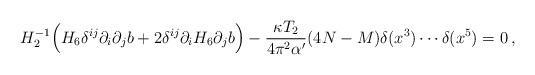
LaTeX: \begin{align*} H_2^{-1}\Big(H_6\delta^{ij}\partial_i \partial_j b +2\delta^{ij}\partial_i H_6 \partial_j b\Big) -\frac{\kappa T_2}{4\pi^2\alpha'}(4N-M)\delta(x^3)\cdots\delta(x^5)=0\,,\end{align*}